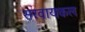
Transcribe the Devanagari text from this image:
सरवायकल